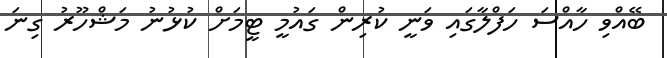
ބޭއްވި ހާއްސަ ހަފްލާގައި ވަނީ ކުރިން ގައުމީ ޓީމަށް ކުޅުނު މަޝްހޫރު ގިނަ